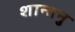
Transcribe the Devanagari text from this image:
शान्‍तनु